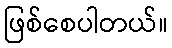
ဖြစ်စေပါတယ်။